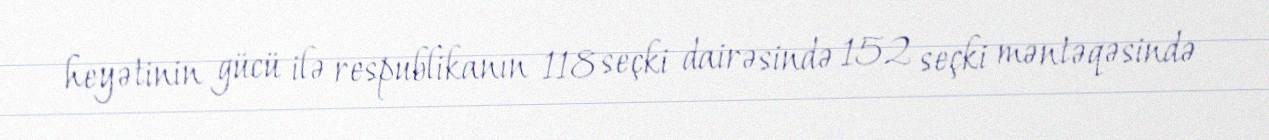
heyətinin gücü ilə respublikanın 118 seçki dairəsində 152 seçki məntəqəsində